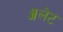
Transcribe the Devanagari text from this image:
ॲलेट